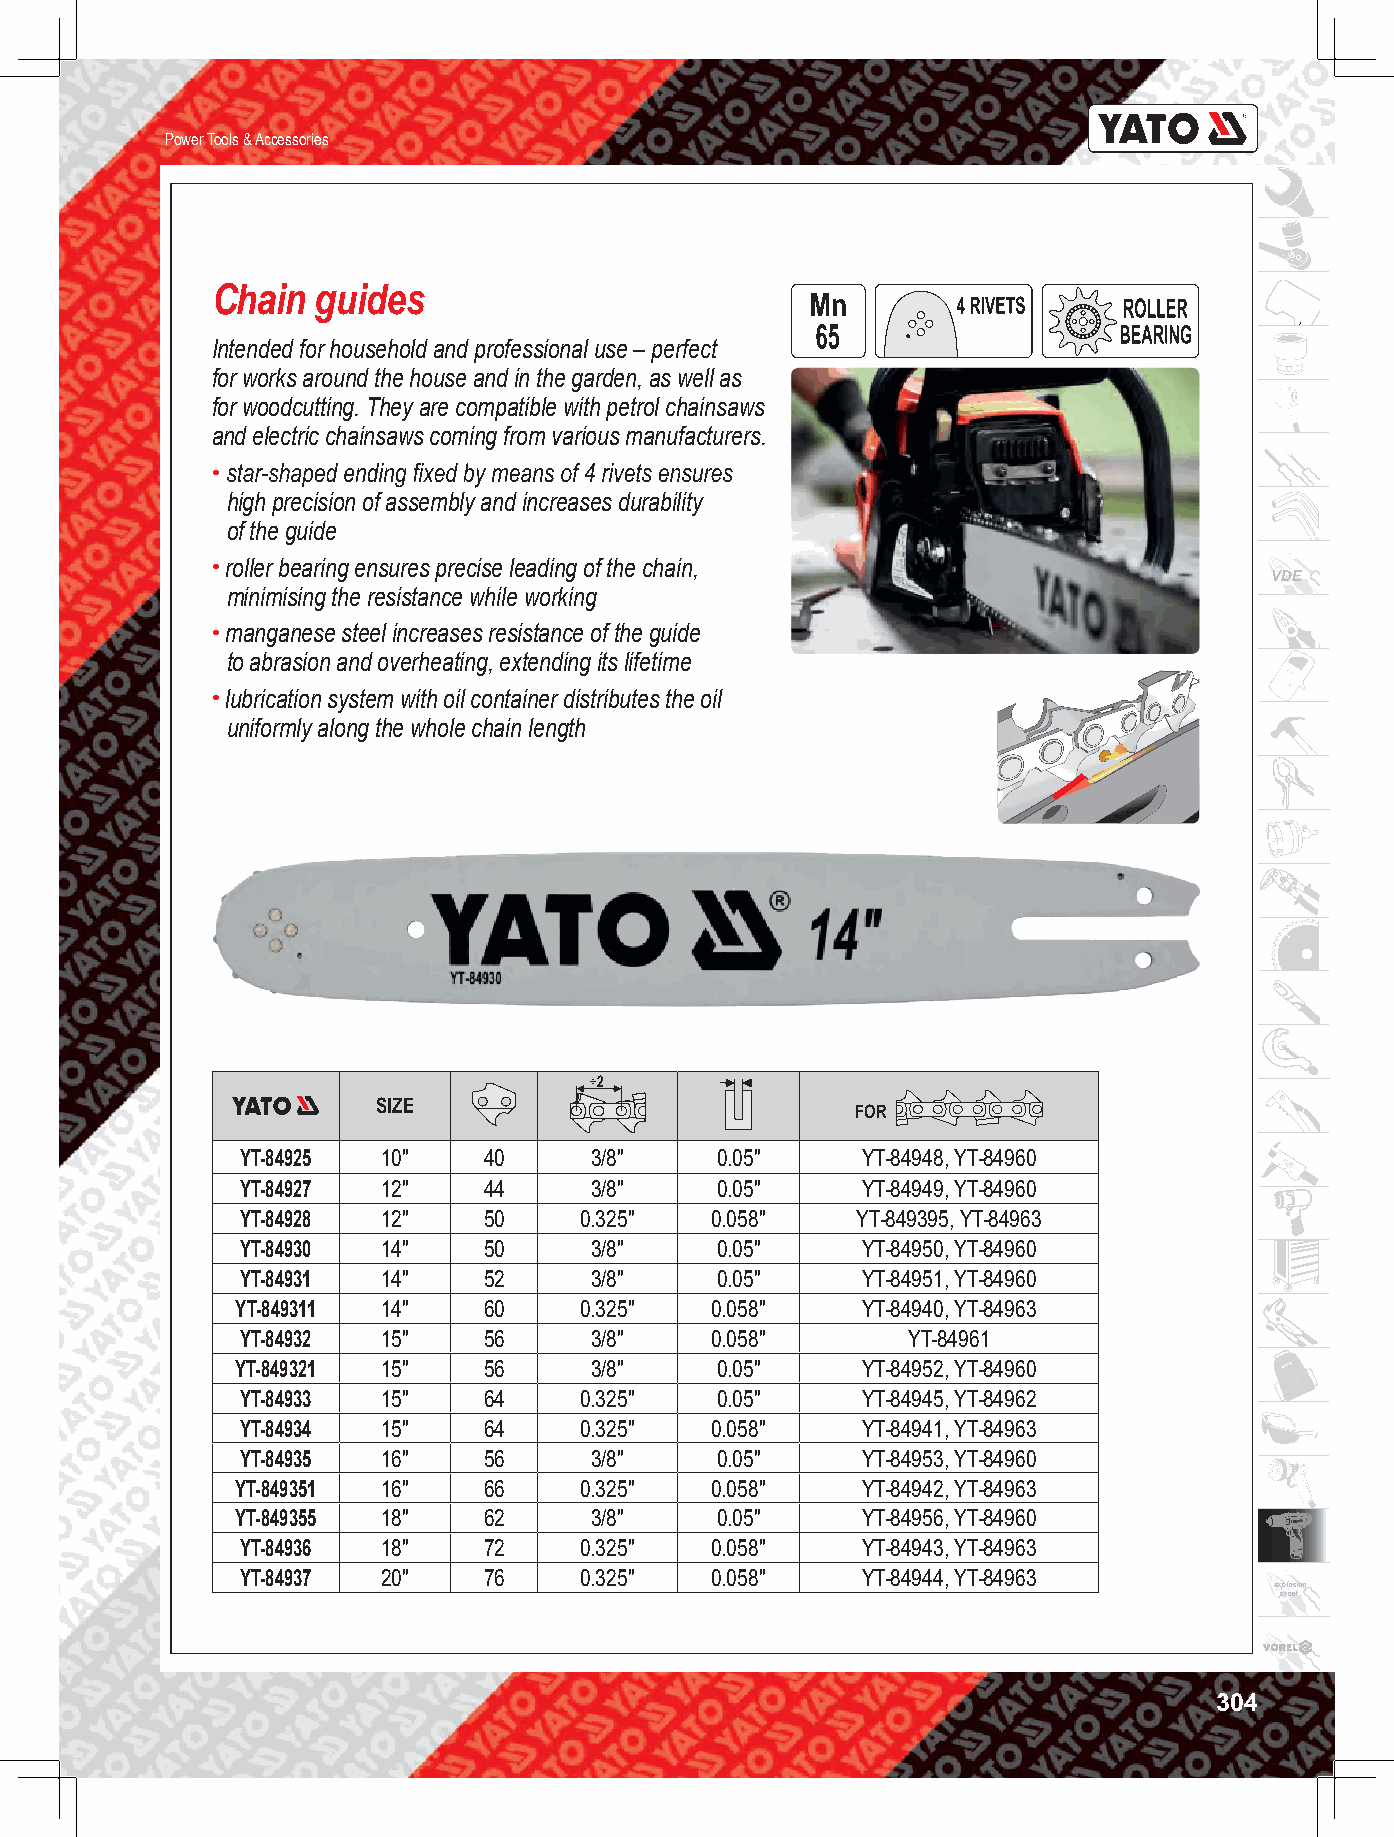
Power Tools & Accessories
 Chain  guides
 Intended for household and professional use – perfect
 for works around the house and in the garden, as well as
 for woodcutting. They are compatible with petrol chainsaws
 and electric chainsaws coming from various manufacturers.
 •
 high precision of assembly and increases durability
 of the guide
 • roller bearing ensures precise leading of the chain,
 VDE
 minimising the resistance while working
 • manganese steel increases resistance of the guide
 to abrasion and overheating, extending its lifetime
 • lubrication system with oil container distributes the oil
 uniformly along the whole chain length
 SIZE                            FOR
 YT-84925 10"    40     3/8"    0.05"     YT-84948, YT-84960
 YT-84927 12"    44     3/8"    0.05"     YT-84949, YT-84960
 YT-84928 12"    50    0.325"   0.058"    YT-849395, YT-84963
 YT-84930 14"    50     3/8"    0.05"     YT-84950, YT-84960
 YT-84931 14"    52     3/8"    0.05"     YT-84951, YT-84960
 YT-849311 14"   60    0.325"   0.058"    YT-84940, YT-84963
 YT-84932 15"    56     3/8"    0.058"       YT-84961
 YT-849321 15"   56     3/8"    0.05"     YT-84952, YT-84960
 YT-84933 15"    64    0.325"   0.05"     YT-84945, YT-84962
 YT-84934 15"    64    0.325"   0.058"    YT-84941, YT-84963
 YT-84935 16"    56     3/8"    0.05"     YT-84953, YT-84960
 YT-849351 16"   66    0.325"   0.058"    YT-84942, YT-84963
 YT-849355 18"   62     3/8"    0.05"     YT-84956, YT-84960
 YT-84936 18"    72    0.325"   0.058"    YT-84943, YT-84963
 YT-84937 20"    76    0.325"   0.058"    YT-84944, YT-84963
 explosion
 proof
 304